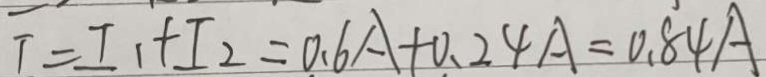
T = I _ { 1 } + I _ { 2 } = 0 . 6 A + 0 . 2 4 A = 0 . 8 4 A